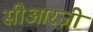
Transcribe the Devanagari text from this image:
सीआरजी